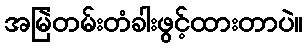
အမြဲတမ်းတံခါးဖွင့်ထားတာပဲ။